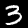
Digit: 3